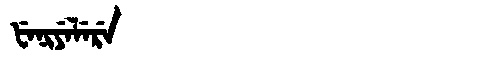
Manchu: ᡶᡝᠨᡳᠶᡝᠯᡝᡵᡝ
Romanization: FENIYELERE